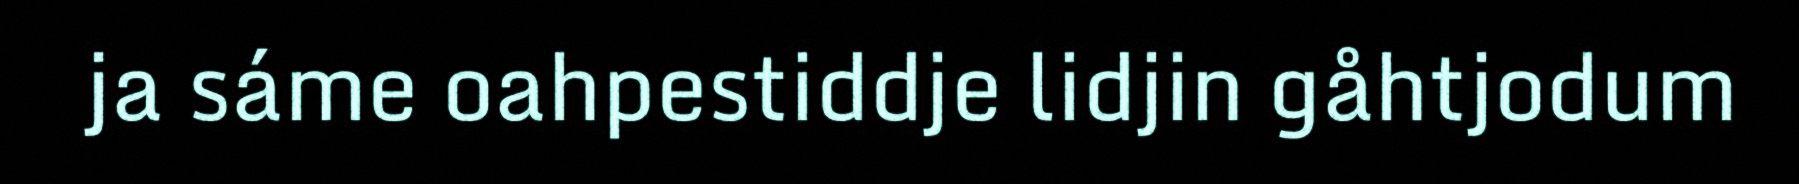
ja sáme oahpestiddje lidjin gåhtjodum